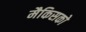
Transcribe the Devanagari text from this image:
मैकिसको